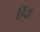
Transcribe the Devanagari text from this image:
हिंदा